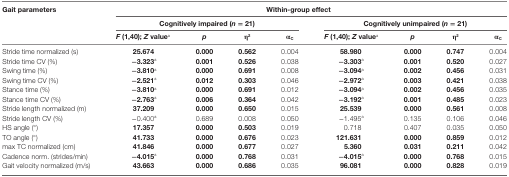
<table><thead><tr><td rowspan="3"><b>Gait parameters</b></td><td colspan="8"><b>Within-group effect</b></td></tr><tr><td colspan="4"><b>Cognitively impaired (<i>n</i> = 21)</b></td><td colspan="4"><b>Cognitively unimpaired (<i>n</i> = 21)</b></td></tr><tr><td><b><i>F</i> (1,40); <i>Z</i> value<sup>a</sup></b></td><td><b><i>p</i></b></td><td><b>η<sup>2</sup></b></td><td><b>α<sub>C</sub></b></td><td><b><i>F</i> (1,40); <i>Z</i> value<sup>a</sup></b></td><td><b><i>p</i></b></td><td><b>η<sup>2</sup></b></td><td><b>α<sub>C</sub></b></td></tr></thead><tbody><tr><td>Stride time normalized (s)</td><td><b>25.674</b></td><td><b>0.000</b></td><td><b>0.562</b></td><td>0.004</td><td><b>58.980</b></td><td><b>0.000</b></td><td><b>0.747</b></td><td>0.004</td></tr><tr><td>Stride time CV (%)</td><td><b>−3.323</b><sup>a</sup></td><td><b>0.001</b></td><td><b>0.526</b></td><td>0.038</td><td><b>−3.303</b><sup>a</sup></td><td><b>0.001</b></td><td><b>0.520</b></td><td>0.027</td></tr><tr><td>Swing time (%)</td><td><b>−3.810</b><sup>a</sup></td><td><b>0.000</b></td><td><b>0.691</b></td><td>0.008</td><td><b>−3.094</b><sup>a</sup></td><td><b>0.002</b></td><td><b>0.456</b></td><td>0.031</td></tr><tr><td>Swing time CV (%)</td><td><b>−2.521</b><sup>a</sup></td><td><b>0.012</b></td><td><b>0.303</b></td><td>0.046</td><td><b>−2.972</b><sup>a</sup></td><td><b>0.003</b></td><td><b>0.421</b></td><td>0.038</td></tr><tr><td>Stance time (%)</td><td><b>−3.810</b><sup>a</sup></td><td><b>0.000</b></td><td><b>0.691</b></td><td>0.012</td><td><b>−3.094</b><sup>a</sup></td><td><b>0.002</b></td><td><b>0.456</b></td><td>0.035</td></tr><tr><td>Stance time CV (%)</td><td><b>−2.763</b><sup>a</sup></td><td><b>0.006</b></td><td><b>0.364</b></td><td>0.042</td><td><b>−3.192</b><sup>a</sup></td><td><b>0.001</b></td><td><b>0.485</b></td><td>0.023</td></tr><tr><td>Stride length normalized (m)</td><td><b>37.209</b></td><td><b>0.000</b></td><td><b>0.650</b></td><td>0.015</td><td><b>25.539</b></td><td><b>0.000</b></td><td><b>0.561</b></td><td>0.008</td></tr><tr><td>Stride length CV (%)</td><td>−0.400<sup>a</sup></td><td>0.689</td><td>0.008</td><td>0.050</td><td>−1.495<sup>a</sup></td><td>0.135</td><td>0.106</td><td>0.046</td></tr><tr><td>HS angle (°)</td><td><b>17.357</b></td><td><b>0.000</b></td><td><b>0.503</b></td><td>0.019</td><td>0.718</td><td>0.407</td><td>0.035</td><td>0.050</td></tr><tr><td>TO angle (°)</td><td><b>41.733</b></td><td><b>0.000</b></td><td><b>0.676</b></td><td>0.023</td><td><b>121.631</b></td><td><b>0.000</b></td><td><b>0.859</b></td><td>0.012</td></tr><tr><td>max TC normalized (cm)</td><td><b>41.846</b></td><td><b>0.000</b></td><td><b>0.677</b></td><td>0.027</td><td><b>5.360</b></td><td><b>0.031</b></td><td><b>0.211</b></td><td>0.042</td></tr><tr><td>Cadence norm. (strides/min)</td><td><b>−4.015</b><sup>a</sup></td><td><b>0.000</b></td><td><b>0.768</b></td><td>0.031</td><td><b>−4.015</b><sup>a</sup></td><td><b>0.000</b></td><td><b>0.768</b></td><td>0.015</td></tr><tr><td>Gait velocity normalized (m/s)</td><td><b>43.663</b></td><td><b>0.000</b></td><td><b>0.686</b></td><td>0.035</td><td><b>96.081</b></td><td><b>0.000</b></td><td><b>0.828</b></td><td>0.019</td></tr></tbody></table>